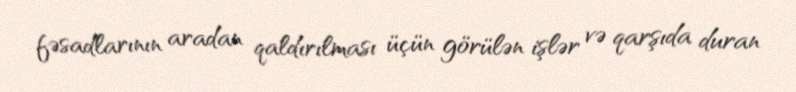
fəsadlarının aradan qaldırılması üçün görülən işlər və qarşıda duran